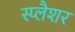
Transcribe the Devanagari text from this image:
स्प्लैशर